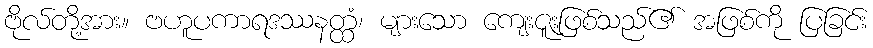
ဗိုလ်တို့အား။ ဗဟူပကာရဒဿနတ္ထံ၊ များသော ကျေးဇူးဖြစ်သည်၏ အဖြစ်ကို ပြခြင်း